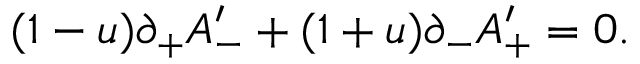
( 1 - u ) \partial _ { + } A _ { - } ^ { \prime } + ( 1 + u ) \partial _ { - } A _ { + } ^ { \prime } = 0 .